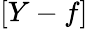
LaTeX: [Y-f]